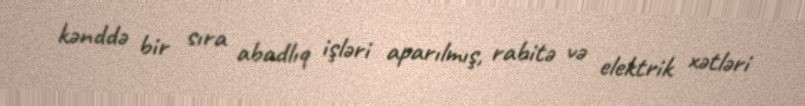
kənddə bir sıra abadlıq işləri aparılmış, rabitə və elektrik xətləri